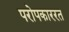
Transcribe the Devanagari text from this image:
परोपकाररत